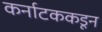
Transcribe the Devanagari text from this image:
कर्नाटककडून